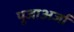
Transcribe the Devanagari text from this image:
पूजाअर्जा